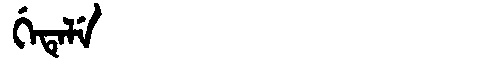
Manchu: ᡤᡝᡨᡝᠯᡝ
Romanization: GETELE